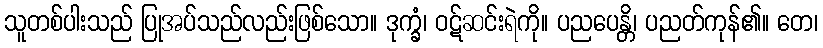
သူတစ်ပါးသည် ပြုအပ်သည်လည်းဖြစ်သော။ ဒုက္ခံ၊ ဝဋ်ဆင်းရဲကို။ ပညပေန္တိ၊ ပညတ်ကုန်၏။ တေ၊